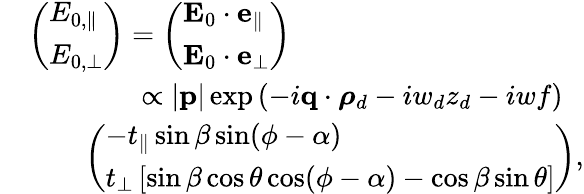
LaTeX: \begin{array}{rl}&{\left(\begin{array}{l}{E_{0,\parallel}}\\ {E_{0,\perp}}\end{array}\right)=\left(\begin{array}{l}{\mathbf{E}_{0}\cdot\mathbf{e}_{\parallel}}\\ {\mathbf{E}_{0}\cdot\mathbf{e}_{\perp}}\end{array}\right)}\\ &{\qquad\qquad\propto|\mathbf{p}|\exp\left(-i\mathbf{q}\cdot\boldsymbol{\rho}_{d}-iw_{d}z_{d}-iwf\right)}\\ &{\qquad\left(\begin{array}{l}{-t_{\parallel}\sin\beta\sin(\phi-\alpha)}\\ {t_{\perp}\left[\sin\beta\cos\theta\cos(\phi-\alpha)-\cos\beta\sin\theta\right]}\end{array}\right),}\end{array}